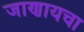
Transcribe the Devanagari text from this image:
जाणायचा